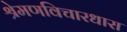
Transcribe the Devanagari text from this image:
श्रेमणविचारधारा